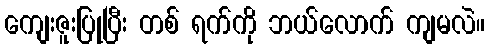
ကျေးဇူးပြုပြီး တစ် ရက်ကို ဘယ်လောက် ကျမလဲ။